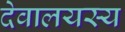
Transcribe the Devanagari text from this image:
देवालयस्य